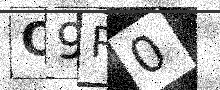
Text: O9P0